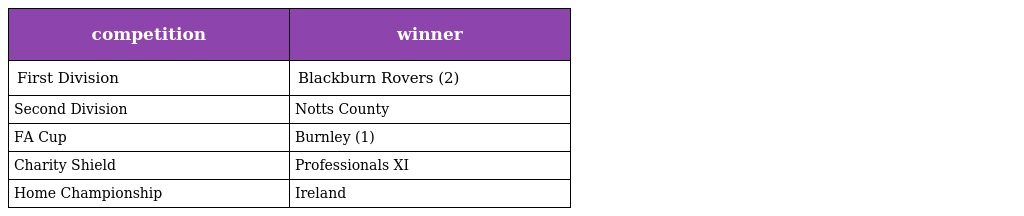
| competition | winner |
 | --- | --- |
 | First Division | Blackburn Rovers (2) |
 | Second Division | Notts County |
 | FA Cup | Burnley (1) |
 | Charity Shield | Professionals XI |
 | Home Championship | Ireland |